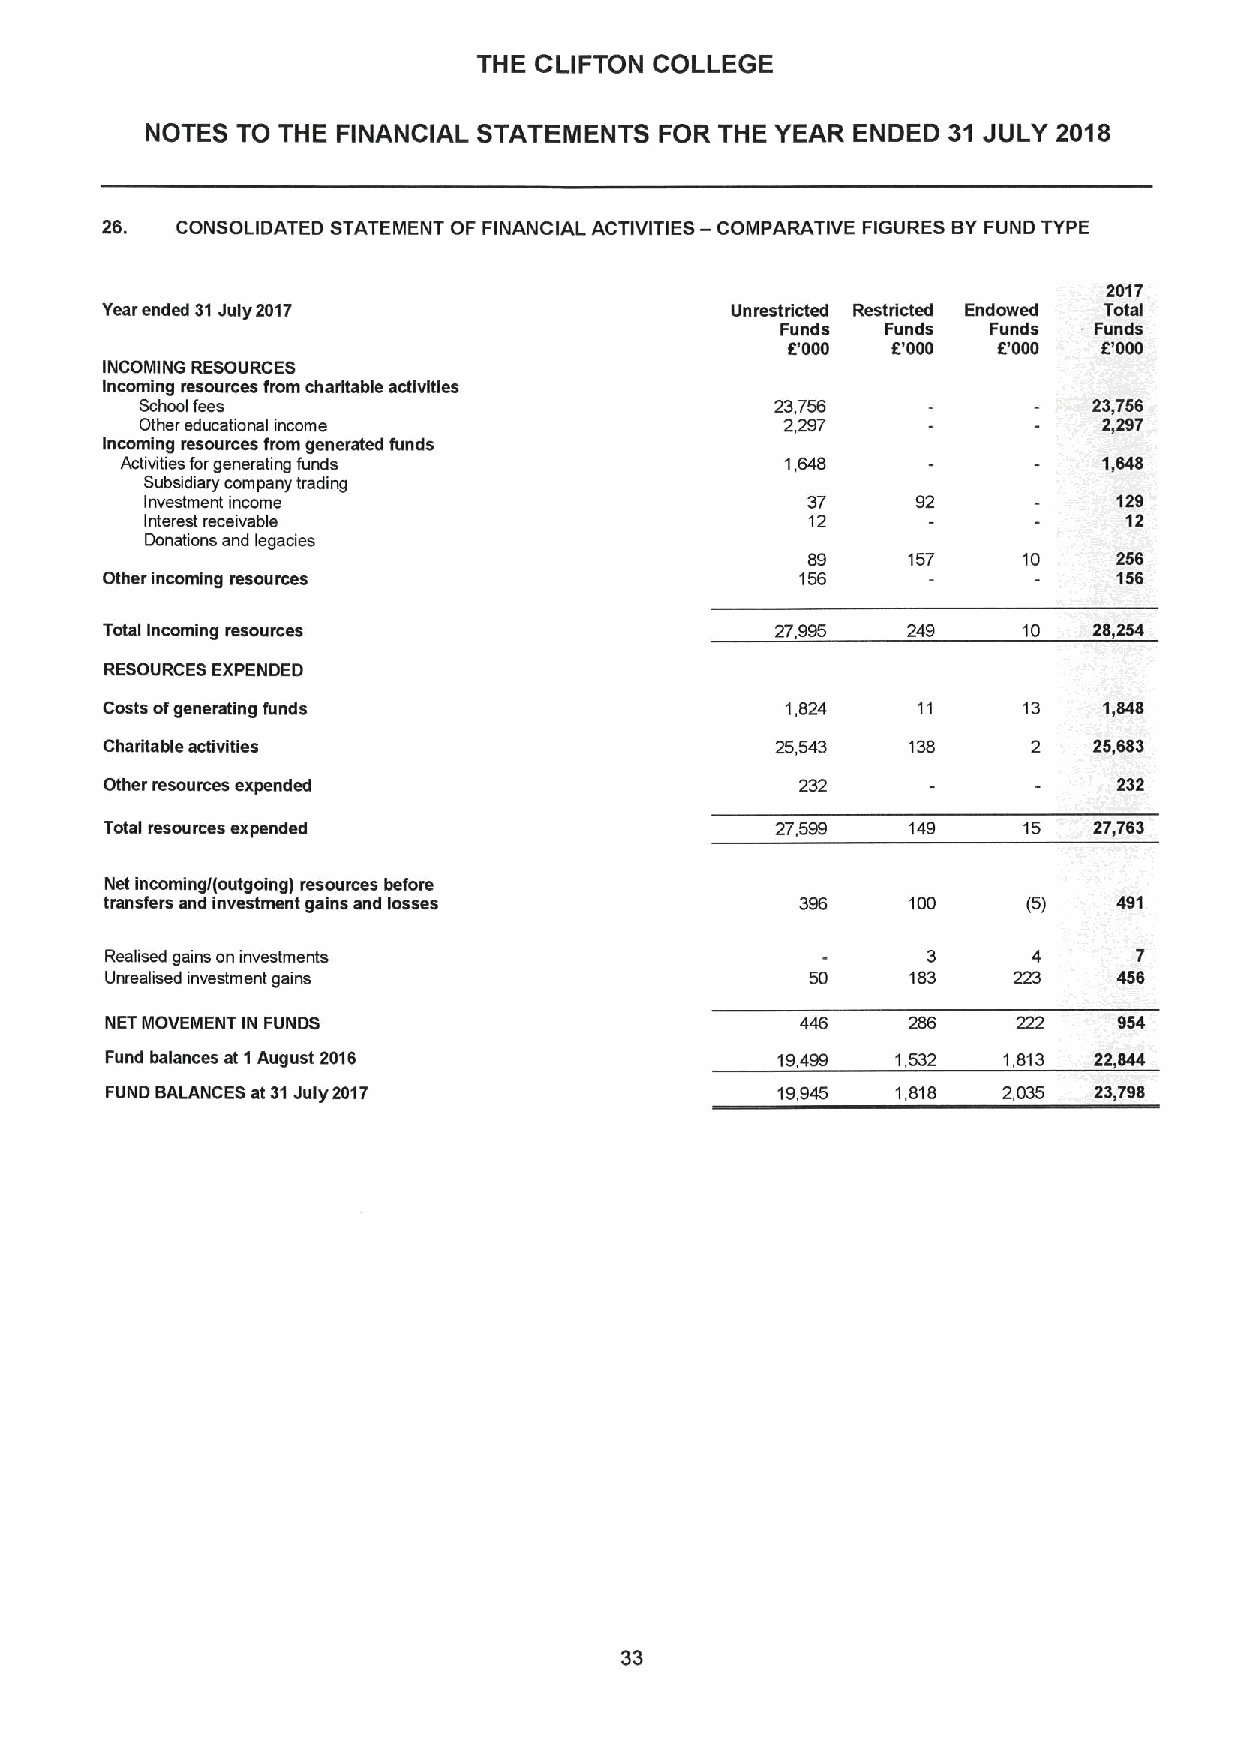
THE CLIFTON COLLEGE
 NOTES TO THE FINANCIAL STATEMENTS FOR THE YEAR ENDED 31 JULY 2018
 28.  CONSOLIDATED STATEMENT OF FINANCIAL ACTIVITIES — COMPARATIVE FIGURES BYFUND TYPE
 2017
 Yearended 31July 2017                    Unmstricted Restricted Endowed Total
 Funds  Funds Funds  Funds
 8'000  8'000  8'000   000
 INCOMING RESOURCES
 Incoming resources from charitable activities
 School fees                               23,756               23,756
 Other educational income                   2,297                2,287
 Incoming resources from generated funds
 Activities forgenerating funds              1,648                1,648
 Subadiary company trading
 Investment income                          37      92           128
 Interest receivable                        12                   12
 Donations and legacies
 157     10    256
 Other incoming resources                                           156
 Total Incoming resources                    27,995   249     10  28,254
 RESOURCES EXPENDED
 Costs ofgenerating funds                     1,824           13   1,848
 Charitable activities                                        2   25,683
 Other resources expended                      232                  232
 Total resources expended                    27,599   149     15  27,763
 Net incoming/(outgoing) resources before
 transfers and investment gains and losses            100     (5)   491
 Realised gains on investments                         3             7
 Unrealised investment gains                          183           456
 NET MOVEMENT IN FUNDS                                286    222    954
 Fund balances at 1August 2016               19,499  1,532  1,813 22844
 FUND BALANCES at 31July 2017                19,945  1,818  2,035 23,798
 33